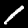
Digit: 1